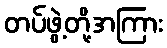
တပ်ဖွဲ့တို့အကြား